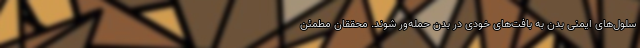
سلول‌های ایمنی بدن به بافت‌های خودی در بدن حمله‌ور شوند. محققان مطمئن